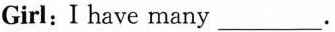
Girl:I have many___.